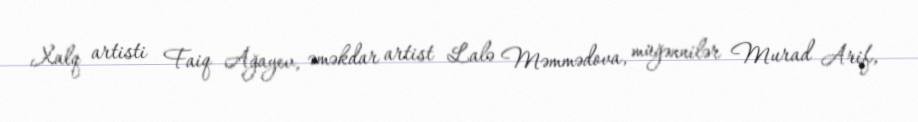
Xalq artisti Faiq Ağayev, əməkdar artist Lalə Məmmədova, müğənnilər Murad Arif,